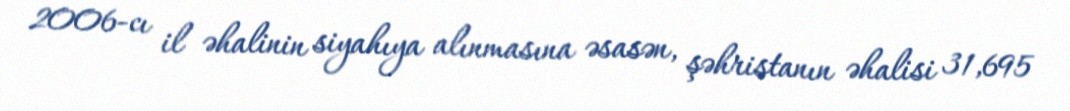
2006-cı il əhalinin siyahıya alınmasına əsasən, şəhristanın əhalisi 31,695